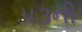
૫૩ની